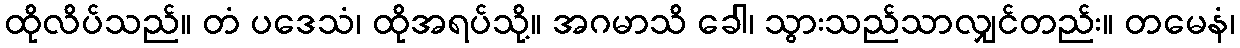
ထိုလိပ်သည်။ တံ ပဒေသံ၊ ထိုအရပ်သို့။ အဂမာသိ ခေါ၊ သွားသည်သာလျှင်တည်း။ တမေနံ၊